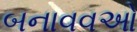
બનાવવઓ